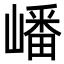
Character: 嶓